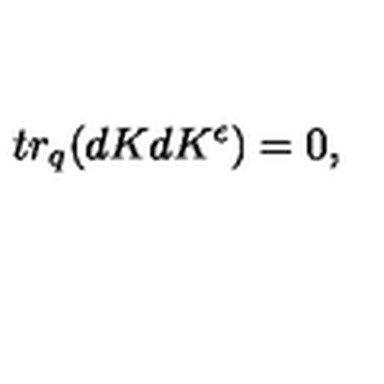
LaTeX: t r _ { q } ( d K d K ^ { \epsilon } ) = 0 ,